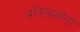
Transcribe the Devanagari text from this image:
ब्रदिनाथांना